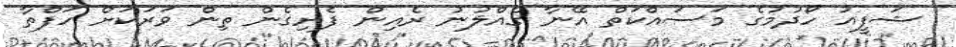
ޝަފީއު ހޯދުމުގެ މަސައްކަތް އޭނާ ގެއްލުނު ރެއިން ފެށިގެން ތިން ވަރަކަށް ހަފްތާ